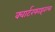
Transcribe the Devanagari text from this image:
क्वार्टरफाइनल्स